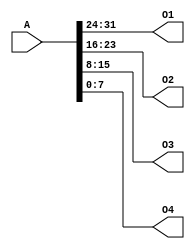
`timescale 1ns / 1ps
//////////////////////////////////////////////////////////////////////////////////
// Company: 
// Engineer: 
// 
// Design Name: 
// Module Name:    splitter 
// Project Name: 
// Target Devices: 
// Tool versions: 
// Description: 
//
// Dependencies: 
//
// Revision: 
// Revision 0.01 - File Created
// Additional Comments: 
//
//////////////////////////////////////////////////////////////////////////////////
module splitter(
	input [31:0] A,
	output [7:0] O1,
	output [7:0] O2,
	output [7:0] O3,
	output [7:0] O4
	);

	assign {O1,O2,O3,O4} = A;

endmodule